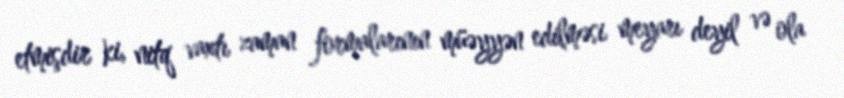
etmişdir ki, nitq vaxtı zaman formalarının müəyyən edilməsi meyarı deyil və ola